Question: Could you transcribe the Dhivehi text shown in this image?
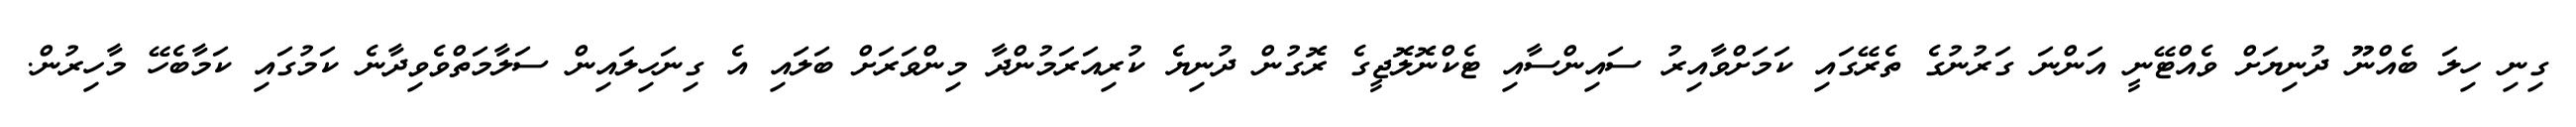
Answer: ގިނި ހިލަ ބެއްނޫ ދުނިޔަށް ވެއްޓޭނީ އަންނަ ގަރުނުގެ ތެރޭގައި ކަމަށްވާއިރު ސައިންސާއި ޓެކްނޮލޮޖީގެ ރޮގުން ދުނިޔެ ކުރިއަރަމުންދާ މިންވަރަށް ބަލައި އެ ގިނަހިލައިން ސަލާމަތްވެވިދާނެ ކަމުގައި ކަމާބެހޭ މާހިރުން.